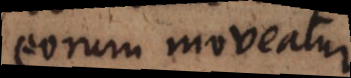
eorum moveatur